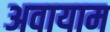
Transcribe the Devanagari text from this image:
अवायाम